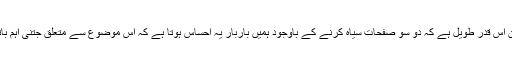
لیکن امت اسلامیہ پر مرزائیت کی ستم رانیوں کی داستان اس قدر طویل ہے کہ دو سو صفحات سیاہ کرنے کے باوجود ہمیں باربار یہ احساس ہوتا ہے کہ اس موضوع سے متعلق جتنی اہم باتیں معزز اراکین کے سامنے پیش کرنی ضروری تھیں۔